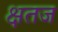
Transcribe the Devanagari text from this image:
क्षतज